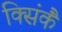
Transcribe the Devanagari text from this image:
क्सिंकैं